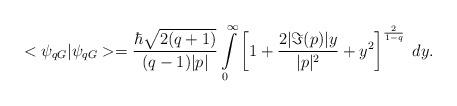
LaTeX: \begin{align*} <\psi_{qG}|\psi_{qG}>= \frac {\hbar\sqrt{2(q+1)}}{(q-1)|p|} \int\limits_0^{\infty} \left[1+\frac {2|\Im(p)|y}{|p|^2}+y^2 \right]^{\frac {2} {1-q}}\;dy.\end{align*}